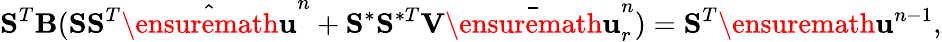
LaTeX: \mathbf{S}^{T}\mathbf{B}(\mathbf{S}\mathbf{S}^{T}\hat{\ensuremath{\mathbf{u}}}^{n}+\mathbf{S}^{\ast}\mathbf{S}^{\ast T}\mathbf{V}\bar{\ensuremath{\mathbf{u}}}_{r}^{n})=\mathbf{S}^{T}\ensuremath{\mathbf{u}}^{n-1},